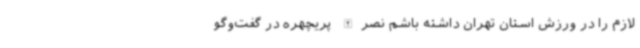
لازم را در ورزش استان تهران داشته باشم نصرالله پریچهره در گفت‌وگو